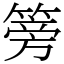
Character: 篣